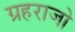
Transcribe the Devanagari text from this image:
ग्रहराजो